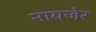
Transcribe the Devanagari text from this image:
नायजेर